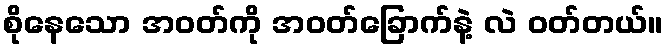
စိုနေသော အဝတ်ကို အဝတ်ခြောက်နဲ့ လဲ ဝတ်တယ်။